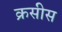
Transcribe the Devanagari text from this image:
क्रसीस